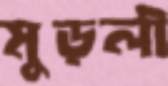
মুড়লী